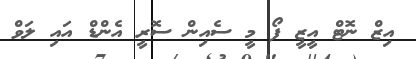
އިޒް ނޮޓް އީޒީ ފޯ މީ ސެއިން ސޮރީ އެންޑް އައި ލަވް